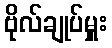
ဗိုလ်ချုပ်မှူး